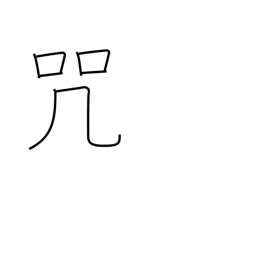
Meaning: malediction